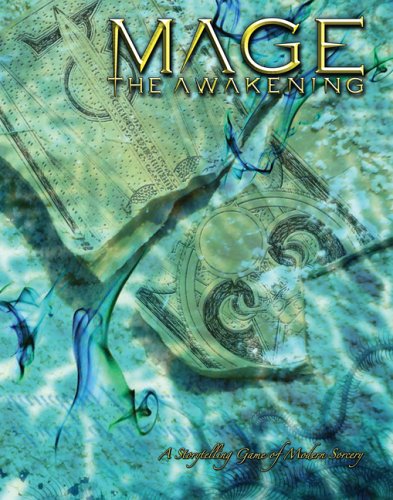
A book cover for Mage the Awakening; Kraig Blackwelder; Science Fiction & Fantasy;